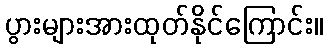
ပွားများအားထုတ်နိုင်ကြောင်း။